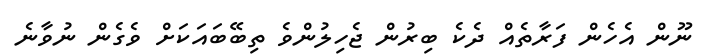
ނޫން އެހެން ފަރާތެއް ދެކެ ބިރުން ޖެހިލުންވެ ތިބޭބައަކަށް ވެގެން ނުވާނެ